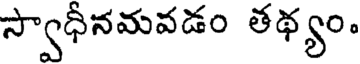
స్వాధీనమవడం తథ్యం.